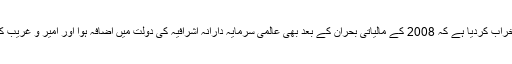
جمہوریت نے اس معاملے کو اس قدرخراب کردیا ہے کہ 2008 کے مالیاتی بحران کے بعد بھی عالمی سرمایہ دارانہ اشرافیہ کی دولت میں اضافہ ہوا اور امیر و غریب کے درمیان خلیج میں مزید اضافہ ہوگیا۔